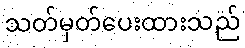
သတ်မှတ်ပေးထားသည်